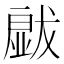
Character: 𱮡